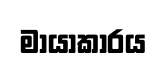
මායාකාරය